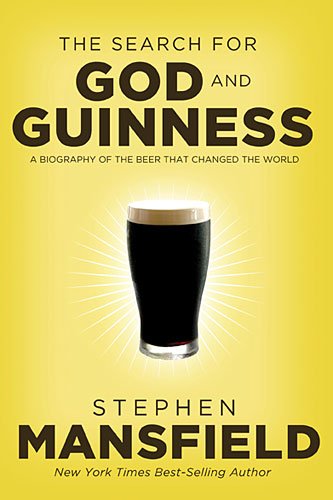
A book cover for The Search for God and Guinness: A Biography of the Beer that Changed the World; Stephen Mansfield; Cookbooks, Food & Wine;